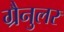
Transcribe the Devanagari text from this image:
ग्रैनुलर